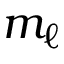
m _ { \ell }